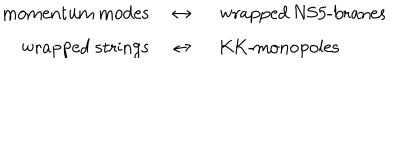
LaTeX: \begin{array} { } { { b ] { r c l } \mathrm { m o m e n t u m ~ m o d e s } } } & { { ~ \leftrightarrow ~ } } & { { \mathrm { w r a p p e d ~ N S 5 - b r a n e s } } } \\ { { \mathrm { w r a p p e d ~ s t r i n g s } } } & { { ~ \leftrightarrow ~ } } & { { \mathrm { K K - m o n o p o l e s } } } \\ \end{array}